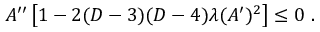
A ^ { \prime \prime } \left[ 1 - 2 ( D - 3 ) ( D - 4 ) \lambda ( A ^ { \prime } ) ^ { 2 } \right] \leq 0 ~ .